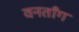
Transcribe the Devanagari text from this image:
वनतॉंग